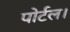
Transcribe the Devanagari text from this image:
पोर्टल।